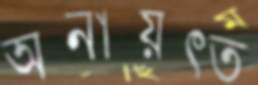
অনায়ত্ত